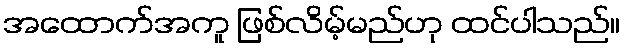
အထောက်အကူ ဖြစ်လိမ့်မည်ဟု ထင်ပါသည်။